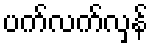
ပက်လက်လှန်